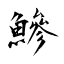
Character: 鰺